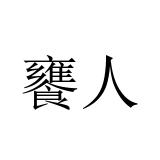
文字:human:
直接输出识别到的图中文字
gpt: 饔人